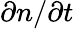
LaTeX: \partial n/\partial t